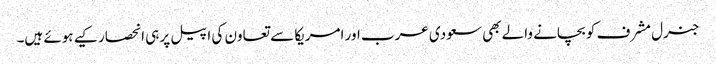
جنرل مشرف کو بچانے والے بھی سعودی عرب اور امریکا سے تعاون کی اپیل پر ہی انحصار کیے ہوئے ہیں۔